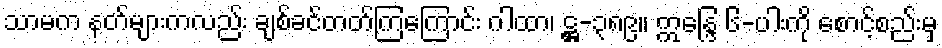
သာမက နတ်များကလည်း ချစ်ခင်တတ်ကြကြောင်း ဂါထာ၊ ဋ္ဌ-၃၈၉။ ဣန္ဒြေ ၆-ပါးကို စောင့်စည်းမှ